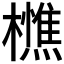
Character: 𭬦